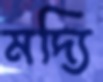
মদ্যি